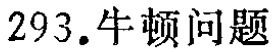
293. 牛顿问题